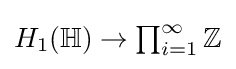
{\textstyle H_{1}(\mathbb {H} )\to \prod _{i=1}^{\infty }\mathbb {Z} }